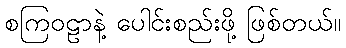
စကြဝဠာနဲ့ ပေါင်းစည်းဖို့ ဖြစ်တယ်။